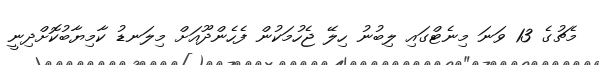
މެޗުގެ 13 ވަނަ މިނެޓްގައި ލިބުނު ހިލޭ ޖެހުމަކުން ފެހެންދޫއަށް މިލަނޑު ކާމިޔާބުކޮށްދިނީ